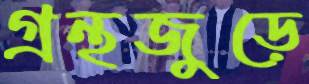
গ্রন্থজুড়ে